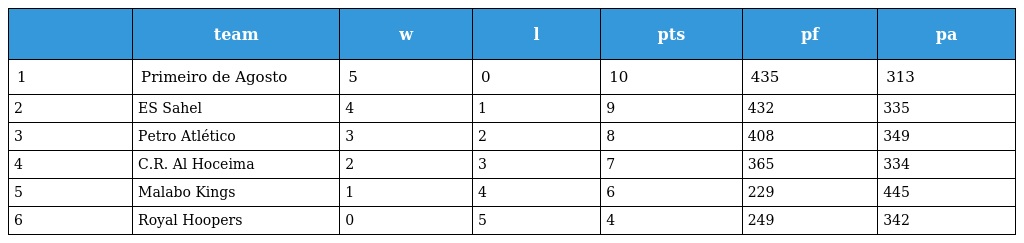
|  | team | w | l | pts | pf | pa |
 | --- | --- | --- | --- | --- | --- | --- |
 | 1 | Primeiro de Agosto | 5 | 0 | 10 | 435 | 313 |
 | 2 | ES Sahel | 4 | 1 | 9 | 432 | 335 |
 | 3 | Petro Atlético | 3 | 2 | 8 | 408 | 349 |
 | 4 | C.R. Al Hoceima | 2 | 3 | 7 | 365 | 334 |
 | 5 | Malabo Kings | 1 | 4 | 6 | 229 | 445 |
 | 6 | Royal Hoopers | 0 | 5 | 4 | 249 | 342 |